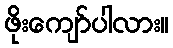
ဖိုးကျော်ပါလား။